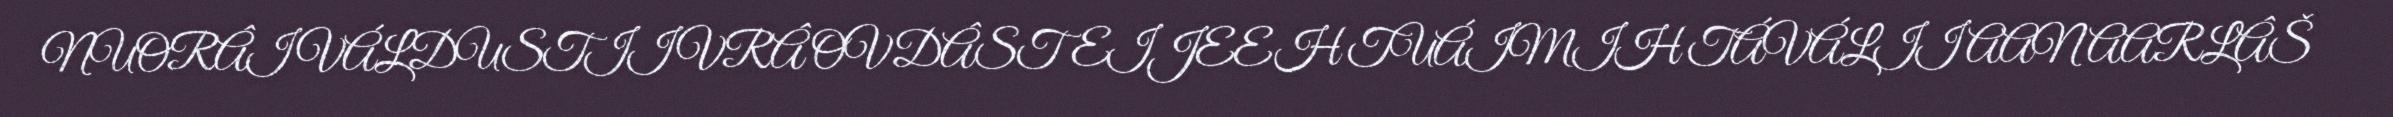
NUORÂIVÁLDUSTIIVRÂ OVDÂSTEIJEEH TUÁIMIH TÁVÁLII AANAARLÂŠ